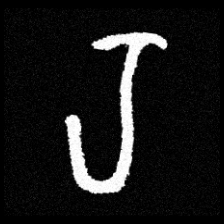
Pyu character \u2014 Myanmar letter: ရ (romanized: ra)